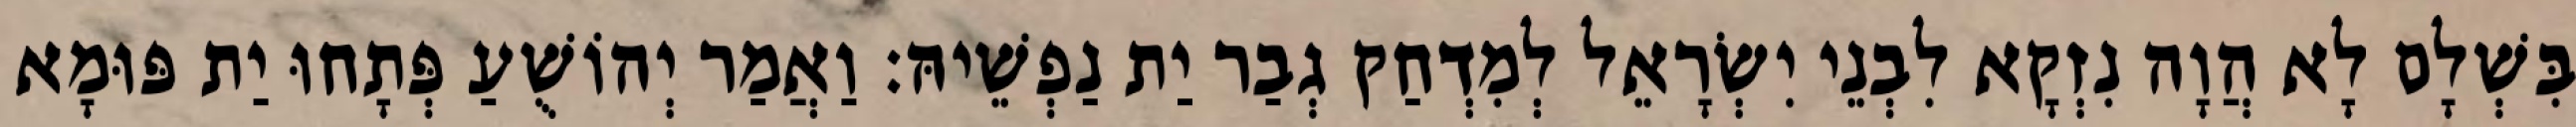
בִּשְׁלָם לָא הֲוָה נִזְקָא לִבְנֵי יִשְׂרָאֵל לְמִדְחַק גְבַר יַת נַפְשֵׁיהּ׃ וַאֲמַר יְהוֹשֻׁעַ פְּתָחוּ יַת פּוּמָא